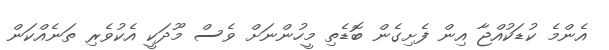
އެންމެ ކުޑަކުއްޖާ އިން ފެށިގެން ބޮޑެތި މީހުންނަށް ވެސް މޫދަކީ އެކުވެރި ތަނެއްކަން